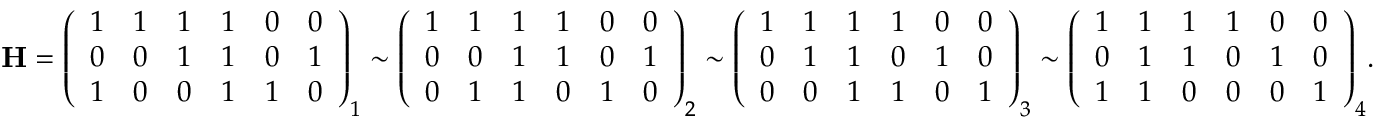
\mathbf { H } = { \left( \begin{array} { l l l l l l } { 1 } & { 1 } & { 1 } & { 1 } & { 0 } & { 0 } \\ { 0 } & { 0 } & { 1 } & { 1 } & { 0 } & { 1 } \\ { 1 } & { 0 } & { 0 } & { 1 } & { 1 } & { 0 } \end{array} \right) } _ { 1 } \sim { \left( \begin{array} { l l l l l l } { 1 } & { 1 } & { 1 } & { 1 } & { 0 } & { 0 } \\ { 0 } & { 0 } & { 1 } & { 1 } & { 0 } & { 1 } \\ { 0 } & { 1 } & { 1 } & { 0 } & { 1 } & { 0 } \end{array} \right) } _ { 2 } \sim { \left( \begin{array} { l l l l l l } { 1 } & { 1 } & { 1 } & { 1 } & { 0 } & { 0 } \\ { 0 } & { 1 } & { 1 } & { 0 } & { 1 } & { 0 } \\ { 0 } & { 0 } & { 1 } & { 1 } & { 0 } & { 1 } \end{array} \right) } _ { 3 } \sim { \left( \begin{array} { l l l l l l } { 1 } & { 1 } & { 1 } & { 1 } & { 0 } & { 0 } \\ { 0 } & { 1 } & { 1 } & { 0 } & { 1 } & { 0 } \\ { 1 } & { 1 } & { 0 } & { 0 } & { 0 } & { 1 } \end{array} \right) } _ { 4 } .